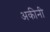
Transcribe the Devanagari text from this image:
अकीनी